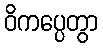
ဝိကပ္ပေတွာ